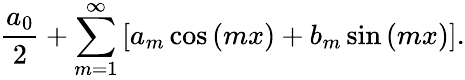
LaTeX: {\frac{a_{0}}{2}}+\sum_{m=1}^{\infty}\left[a_{m}\cos\left(mx\right)+b_{m}\sin\left(mx\right)\right].